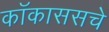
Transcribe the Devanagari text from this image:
कॉकाससचे